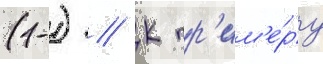
(1-) // К пр'им'е́ру